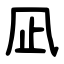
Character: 凪